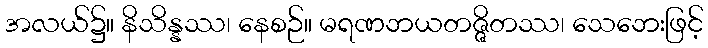
အလယ်၌။ နိသိန္နဿ၊ နေစဉ်။ မရဏဘယတဇ္ဇိတဿ၊ သေဘေးဖြင့်